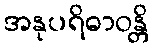
အနုပရိဓာဝန္တိ